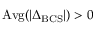
\mathrm { A v g } ( | \Delta _ { \mathrm { B C S } } | ) > 0